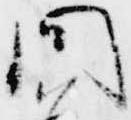
問